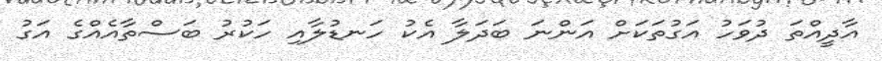
އާދީއްތަ ދުވަހު އަގުތަކަށް އަންނަ ބަދަލާ އެކު ހަނޑުލާއި ހަކުރު ބަސްތާއެއްގެ އަގު